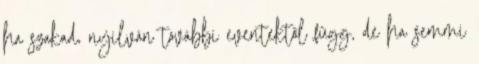
ha szakad, nyilván további eventektől függ, de ha semmi